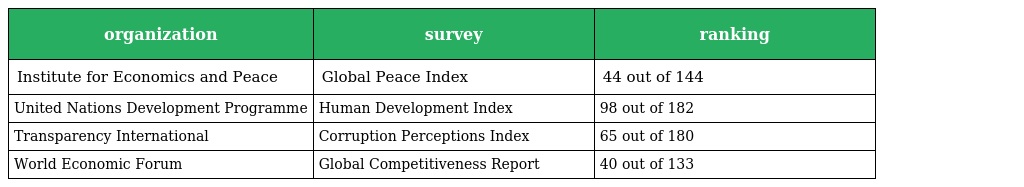
| organization | survey | ranking |
 | --- | --- | --- |
 | Institute for Economics and Peace | Global Peace Index | 44 out of 144 |
 | United Nations Development Programme | Human Development Index | 98 out of 182 |
 | Transparency International | Corruption Perceptions Index | 65 out of 180 |
 | World Economic Forum | Global Competitiveness Report | 40 out of 133 |